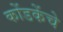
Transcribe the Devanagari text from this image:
कोंडकेंचे